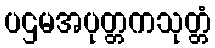
ပဌမအပုတ္တကသုတ္တံ